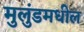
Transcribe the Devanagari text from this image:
मुलुंडमधील